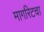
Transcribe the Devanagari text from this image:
मार्गारेटचा